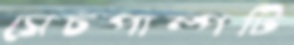
সেচপাম্পটি